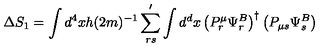
\Delta S _ { 1 } = \int d ^ { 4 } x h ( 2 m ) ^ { - 1 } \sum _ { r s } ^ { \prime } \int d ^ { d } x \left( P _ { r } ^ { \mu } \Psi _ { r } ^ { B } \right) ^ { \dagger } \left( P _ { \mu s } \Psi _ { s } ^ { B } \right)